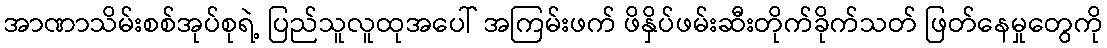
အာဏာသိမ်းစစ်အုပ်စုရဲ့ ပြည်သူလူထုအပေါ် အကြမ်းဖက် ဖိနှိပ်ဖမ်းဆီးတိုက်ခိုက်သတ် ဖြတ်နေမှုတွေကို